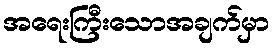
အရေးကြီးသောအချက်မှာ